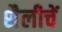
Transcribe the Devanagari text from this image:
शैलीचें